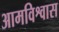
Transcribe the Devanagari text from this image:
आमविश्वास